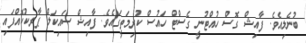
ބުނެލިއެވެ. ފާއިޝް ގޮސް ހުއްޓުނީ ގެސްޓް ހައުސް ކުރިމަތީގައެވެ. ފާއިޝް ސައިކަލް ޕާރކުކޮއްފައި